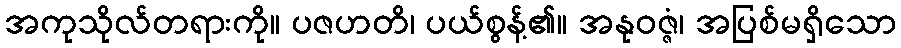
အကုသိုလ်တရားကို။ ပဇဟတိ၊ ပယ်စွန့်၏။ အနုဝဇ္ဇံ၊ အပြစ်မရှိသော